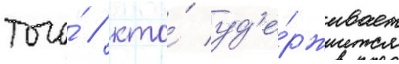
того́ / кто́ уд'е́рживает